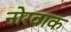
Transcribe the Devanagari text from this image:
नोरवाक